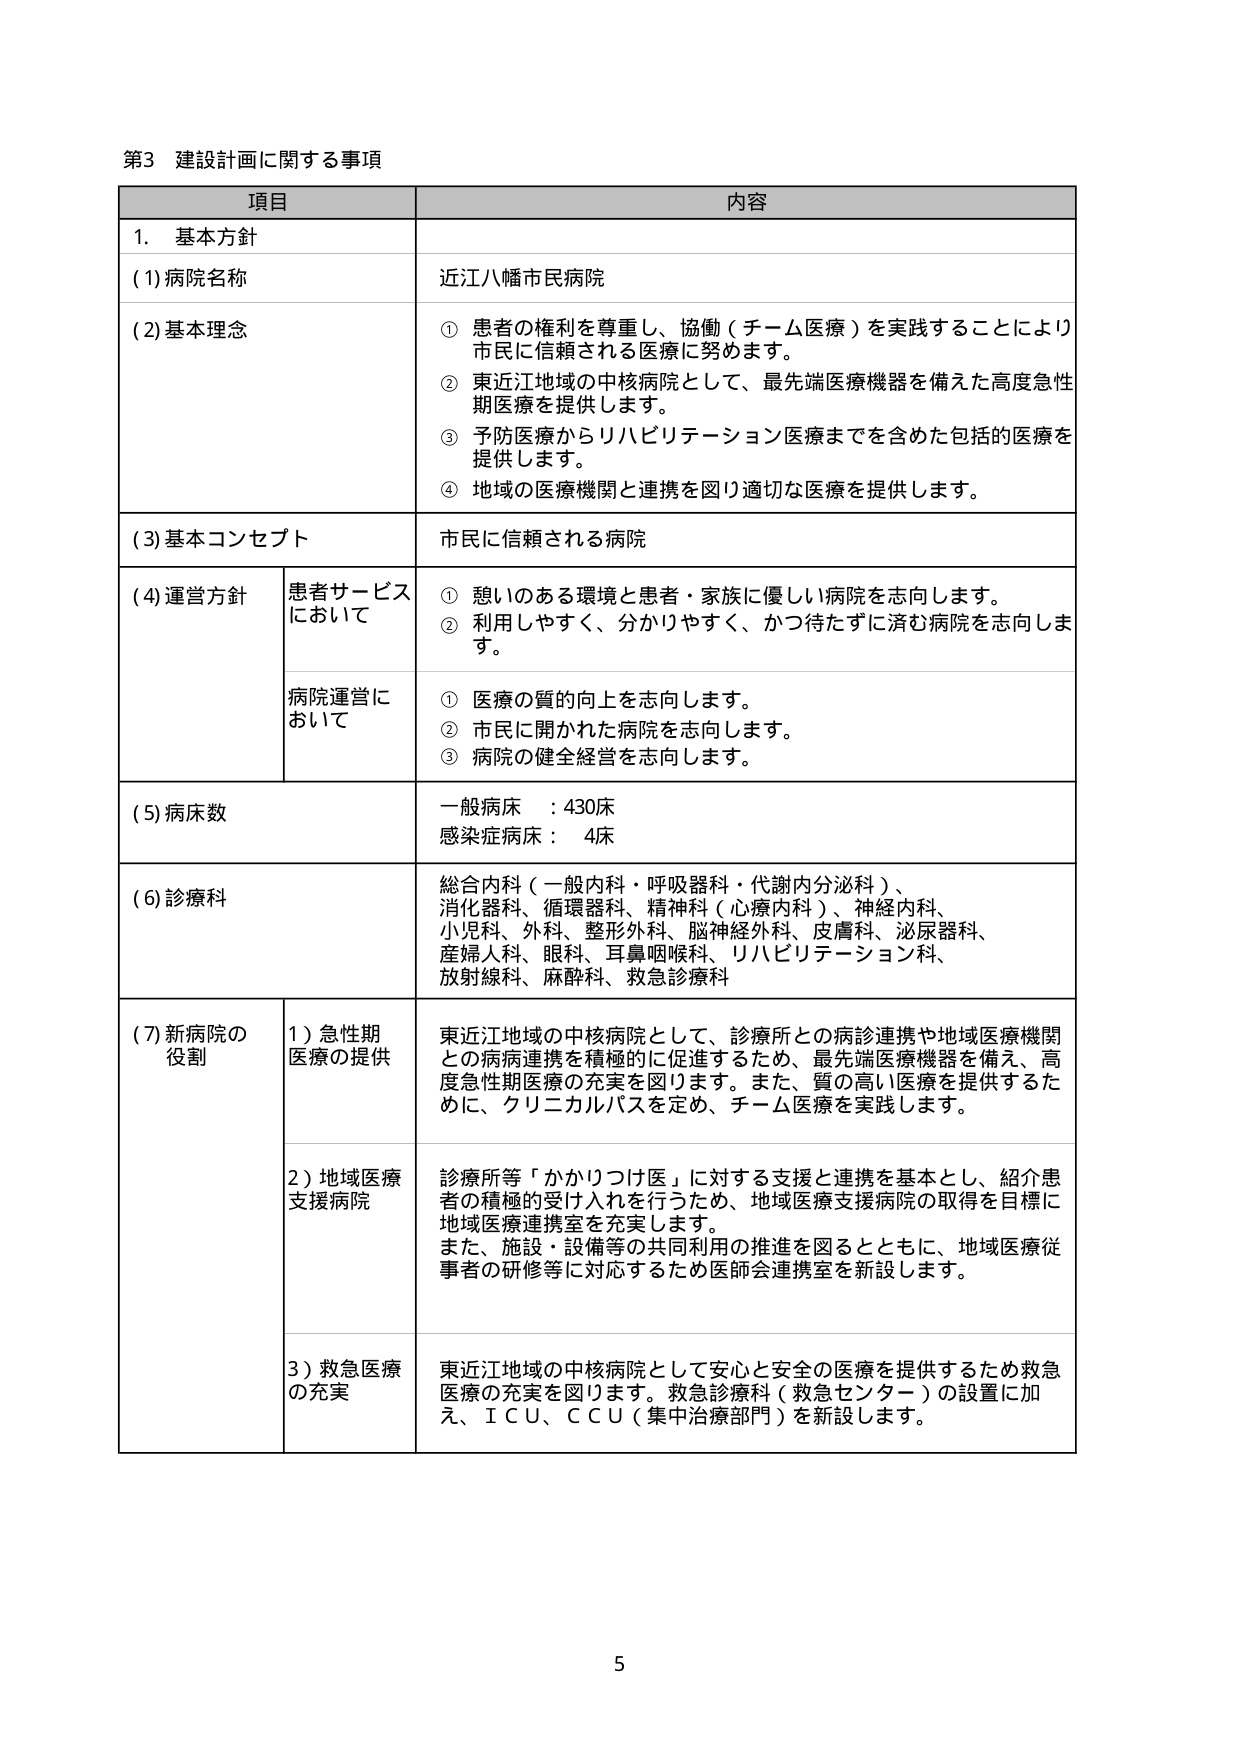
第3 建設計画に関する事項

項目 内容

1. 基本方針

(1)病院名称 近江八幡市民病院

(2)基本理念 ① 患者の権利を尊重し、協働（チーム医療）を実践することにより市民に信頼される医療に努めます。
② 東近江地域の中核病院として、最先端医療機器を備えた高度急性期医療を提供します。
③ 予防医療からリハビリテーション医療までを含めた包括的医療を提供します。
④ 地域の医療機関と連携を図り適切な医療を提供します。

(3)基本コンセプト 市民に信頼される病院

(4)運営方針 患者サービス ① 慰いのある環境と患者・家族に優しい病院を志向します。
において ② 利用しやすく、分かりやすく、かつ待たずに済む病院を志向します。

病院運営に ① 医療の質的向上を志向します。
おいて ② 市民に開かれた病院を志向します。
③ 病院の健全経営を志向します。

(5)病床数 一般病床 ：430床
感染症病床： 4床

(6)診療科 総合内科（一般内科・呼吸器科・代謝内分泌科）、
消化器科、循環器科、精神科（心療内科）、神経内科、
小児科、外科、整形外科、脳神経外科、皮膚科、泌尿器科、
産婦人科、眼科、耳鼻咽喉科、リハビリテーション科、
放射線科、麻酔科、救急診療科

(7)新病院の 1）急性期 東近江地域の中核病院として、診療所との病診連携や地域医療機関
役割 医療の提供 との病病連携を積極的に促進するため、最先端医療機器を備え、高
度急性期医療の充実を図ります。また、質の高い医療を提供するた
めに、クリニカルパスを定め、チーム医療を実践します。

2）地域医療 診療所等「かかりつけ医」に対する支援と連携を基本とし、紹介患
支援病院 者の積極的受け入れを行うため、地域医療支援病院の取得を目標に
地域医療連携室を充実します。
また、施設・設備等の共用利用の推進を図るとともに、地域医療従
事者の研修等に対応するため医師会連携室を新設します。

3）救急医療 東近江地域の中核病院として安心と安全の医療を提供するため救急
の充実 医療の充実を図ります。救急診療科（救急センター）の設置に加
え、ＩＣＵ、ＣＣＵ（集中治療部門）を新設します。

5